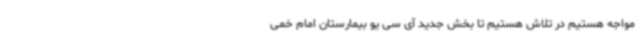
مواجه هستیم در تلاش هستیم تا بخش جدید آی سی یو بیمارستان امام خمی